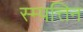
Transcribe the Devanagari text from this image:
स्म्पत्तिन